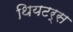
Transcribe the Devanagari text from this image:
थियटर्स